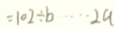
= 1 0 2 \div b \cdots 2 a